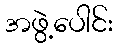
အဖွဲ့ပေါင်း